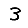
Digit: 3